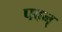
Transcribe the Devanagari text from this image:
पवन्